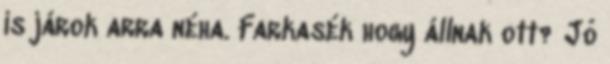
is járok arra néha. Farkasék hogy állnak ott? Jó